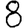
Digit: 8